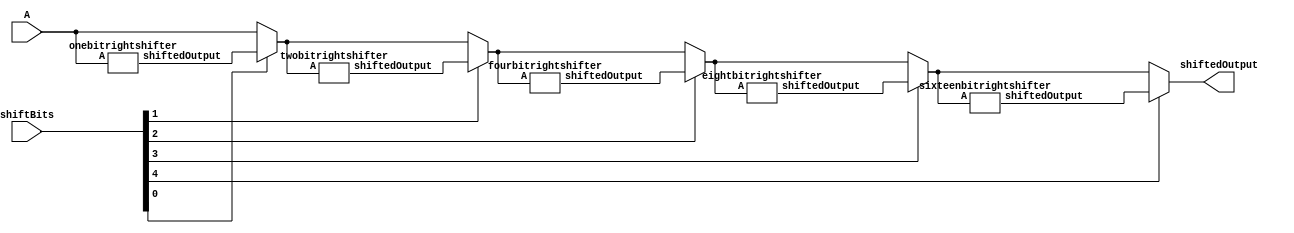
module rightshifter(shiftedOutput, A, shiftBits);
	input [31:0] A;
	input [4:0] shiftBits;
	output [31:0] shiftedOutput;
	
	wire [31:0] shift1, shift2, shift4, shift8, shift16, intshift1,intshift2,intshift4,intshift8;

	onebitrightshifter onebitrightshifter1(A,shift1);
	assign intshift1 = shiftBits[0] ? shift1 : A;
	
	twobitrightshifter twobitrightshifter2(intshift1,shift2);
	assign intshift2 = shiftBits[1] ? shift2 : intshift1;
	
	fourbitrightshifter fourbitrightshifter4(intshift2,shift4);
	assign intshift4 = shiftBits[2] ? shift4 : intshift2;
	
	eightbitrightshifter eightbitrightshifter8(intshift4,shift8);
	assign intshift8 = shiftBits[3] ? shift8 : intshift4;
	
	sixteenbitrightshifter sixteenbitrightshifter16(intshift8,shift16);
	assign shiftedOutput = shiftBits[4] ? shift16 : intshift8;

endmodule

module onebitrightshifter(A,shiftedOutput);

	input [31:0] A;
	output [31:0] shiftedOutput;
		
	wire s;
	and andend(s,A[31],1'b1);
	and and31(shiftedOutput[31],s,s);
	genvar i;
	generate
		for(i=1;i<32;i=i+1) begin: loop2
			and and1(shiftedOutput[i-1],A[i],1'b1);
		end
	endgenerate
		
endmodule

module twobitrightshifter(A,shiftedOutput);
	input [31:0] A;
	output [31:0] shiftedOutput;
	
	wire s;
	and andend(s,A[31],1'b1);
	and anda(shiftedOutput[31],s,s);
	and andb(shiftedOutput[30],s,s);
	
	genvar i;
	generate
		for(i=2;i<32;i=i+1) begin: loop2
			and and2(shiftedOutput[i-2],A[i],1'b1);
		end
	endgenerate
	
endmodule

module fourbitrightshifter(A,shiftedOutput);
	input [31:0] A;
	output [31:0] shiftedOutput;

	wire s;
	and andend(s,A[31],1'b1);
	and anda(shiftedOutput[31],s,s);
	and andb(shiftedOutput[30],s,s);
	and andc(shiftedOutput[29],s,s);
	and andd(shiftedOutput[28],s,s);
	
	genvar i;
	generate
		for(i=4;i<32;i=i+1) begin: loop3
			and and4(shiftedOutput[i-4],A[i],1'b1);
		end
	endgenerate
	
endmodule

module eightbitrightshifter(A,shiftedOutput);
	input [31:0] A;
	output [31:0] shiftedOutput;
	
	wire s;
	and andend(s,A[31],1'b1);
	and anda(shiftedOutput[31],s,s);
	and andb(shiftedOutput[30],s,s);
	and andc(shiftedOutput[29],s,s);
	and andd(shiftedOutput[28],s,s);
	and ande(shiftedOutput[27],s,s);
	and andf(shiftedOutput[26],s,s);
	and andg(shiftedOutput[25],s,s);
	and andh(shiftedOutput[24],s,s);
	
	genvar i;
	generate
		for(i=8;i<32;i=i+1) begin: loop4
			and and4(shiftedOutput[i-8],A[i],1'b1);
		end
	endgenerate
	
endmodule

module sixteenbitrightshifter(A,shiftedOutput);
	input [31:0] A;
	output [31:0] shiftedOutput;
	
	wire s;
	and andend(s,A[31],1'b1);
	and anda(shiftedOutput[31],s,s);
	and andb(shiftedOutput[30],s,s);
	and andc(shiftedOutput[29],s,s);
	and andd(shiftedOutput[28],s,s);
	and ande(shiftedOutput[27],s,s);
	and andf(shiftedOutput[26],s,s);
	and andg(shiftedOutput[25],s,s);
	and andh(shiftedOutput[24],s,s);
	and andi(shiftedOutput[23],s,s);
	and andj(shiftedOutput[22],s,s);
	and andk(shiftedOutput[21],s,s);
	and andl(shiftedOutput[20],s,s);
	and andm(shiftedOutput[19],s,s);
	and andn(shiftedOutput[18],s,s);
	and ando(shiftedOutput[17],s,s);
	and andp(shiftedOutput[16],s,s);
	
	genvar i;
	generate
		for(i=16;i<32;i=i+1) begin: loop5
			and and4(shiftedOutput[i-16],A[i],1'b1);
		end
	endgenerate
	
endmodule